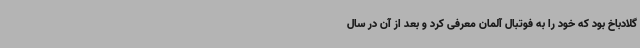
گلادباخ بود که خود را به فوتبال آلمان معرفی کرد و بعد از آن در سال